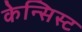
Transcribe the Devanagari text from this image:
केन्सिस्ट